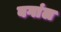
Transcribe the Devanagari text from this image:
बगांल